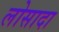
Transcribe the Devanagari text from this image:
लोसादा